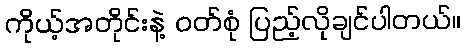
ကိုယ့်အတိုင်းနဲ့ ဝတ်စုံ ပြည့်လိုချင်ပါတယ်။